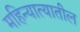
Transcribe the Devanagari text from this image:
महिन्यात्यातील